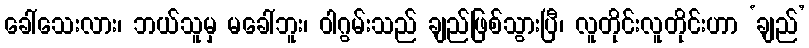
ခေါ်သေးလား၊ ဘယ်သူမှ မခေါ်ဘူး၊ ဝါဂွမ်းသည် ချည်ဖြစ်သွားပြီ၊ လူတိုင်းလူတိုင်းဟာ ‘ချည်’